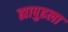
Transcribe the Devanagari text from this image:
ह्यापुढला